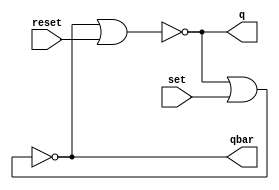
// ---------------------
// Guia 1001 - Implementar um latch SR com portas NOR.
//
//
// Nome: Luiz Felipe Fonseca
// ---------------------


// --------------------- 
// modules
// ---------------------
module SRlatch (q, qbar, set, reset);
output q, qbar;
input set, reset;
nor #1 (q, qbar, reset);
nor #1 (qbar, q, set);
endmodule

// --------------------- 
// Exercicio1001
// ---------------------
module Exercicio1001;
wire q, qbar;
reg set,reset;

SRlatch latch1 (q, qbar, set, reset);
initial begin
$display ("Luiz Felipe Fonseca - 405817");
$monitor (" q= %b, qbar= %b, set= %b, reset= %b",q, qbar, set, reset);
set = 0; reset = 0;
#1 set = 1; reset = 1; 
#1 set = 0; 
#1 set = 1; reset = 0;
end
endmodule